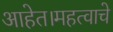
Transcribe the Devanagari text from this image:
आहेत।महत्वाचे